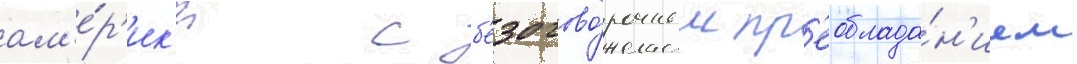
ам'е́р'ик'и с б'езогово́рочным пр'еоблада́н'ием